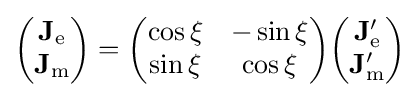
{\begin{pmatrix}\mathbf {J} _{\mathrm {e} }\\\mathbf {J} _{\mathrm {m} }\end{pmatrix}}={\begin{pmatrix}\cos \xi &-\sin \xi \\\sin \xi &\cos \xi \\\end{pmatrix}}{\begin{pmatrix}\mathbf {J} _{\mathrm {e} }'\\\mathbf {J} _{\mathrm {m} }'\end{pmatrix}}